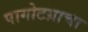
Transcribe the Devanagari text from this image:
पागोटय़ाचा